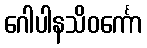
ဂေါပါနသိဝင်္ကော